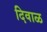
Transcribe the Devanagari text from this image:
दिवाळ